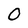
Character: O